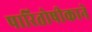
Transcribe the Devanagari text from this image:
पारितोषीकाने